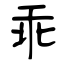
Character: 乖